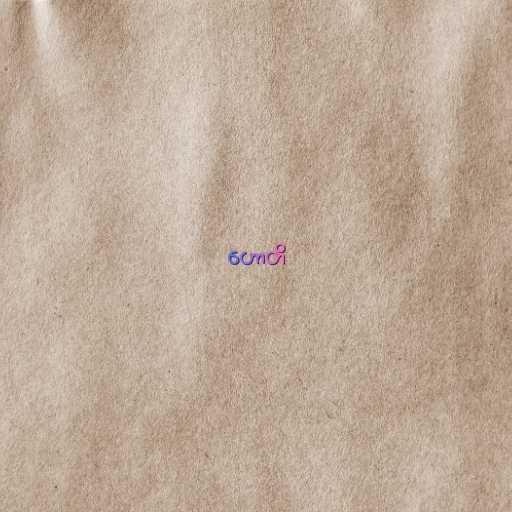
ဟောတိ